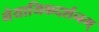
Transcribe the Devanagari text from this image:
नैयायिकदर्शनम्